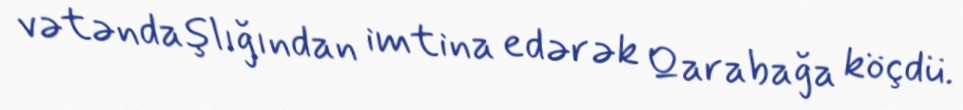
vətəndaşlığından imtina edərək Qarabağa köçdü.